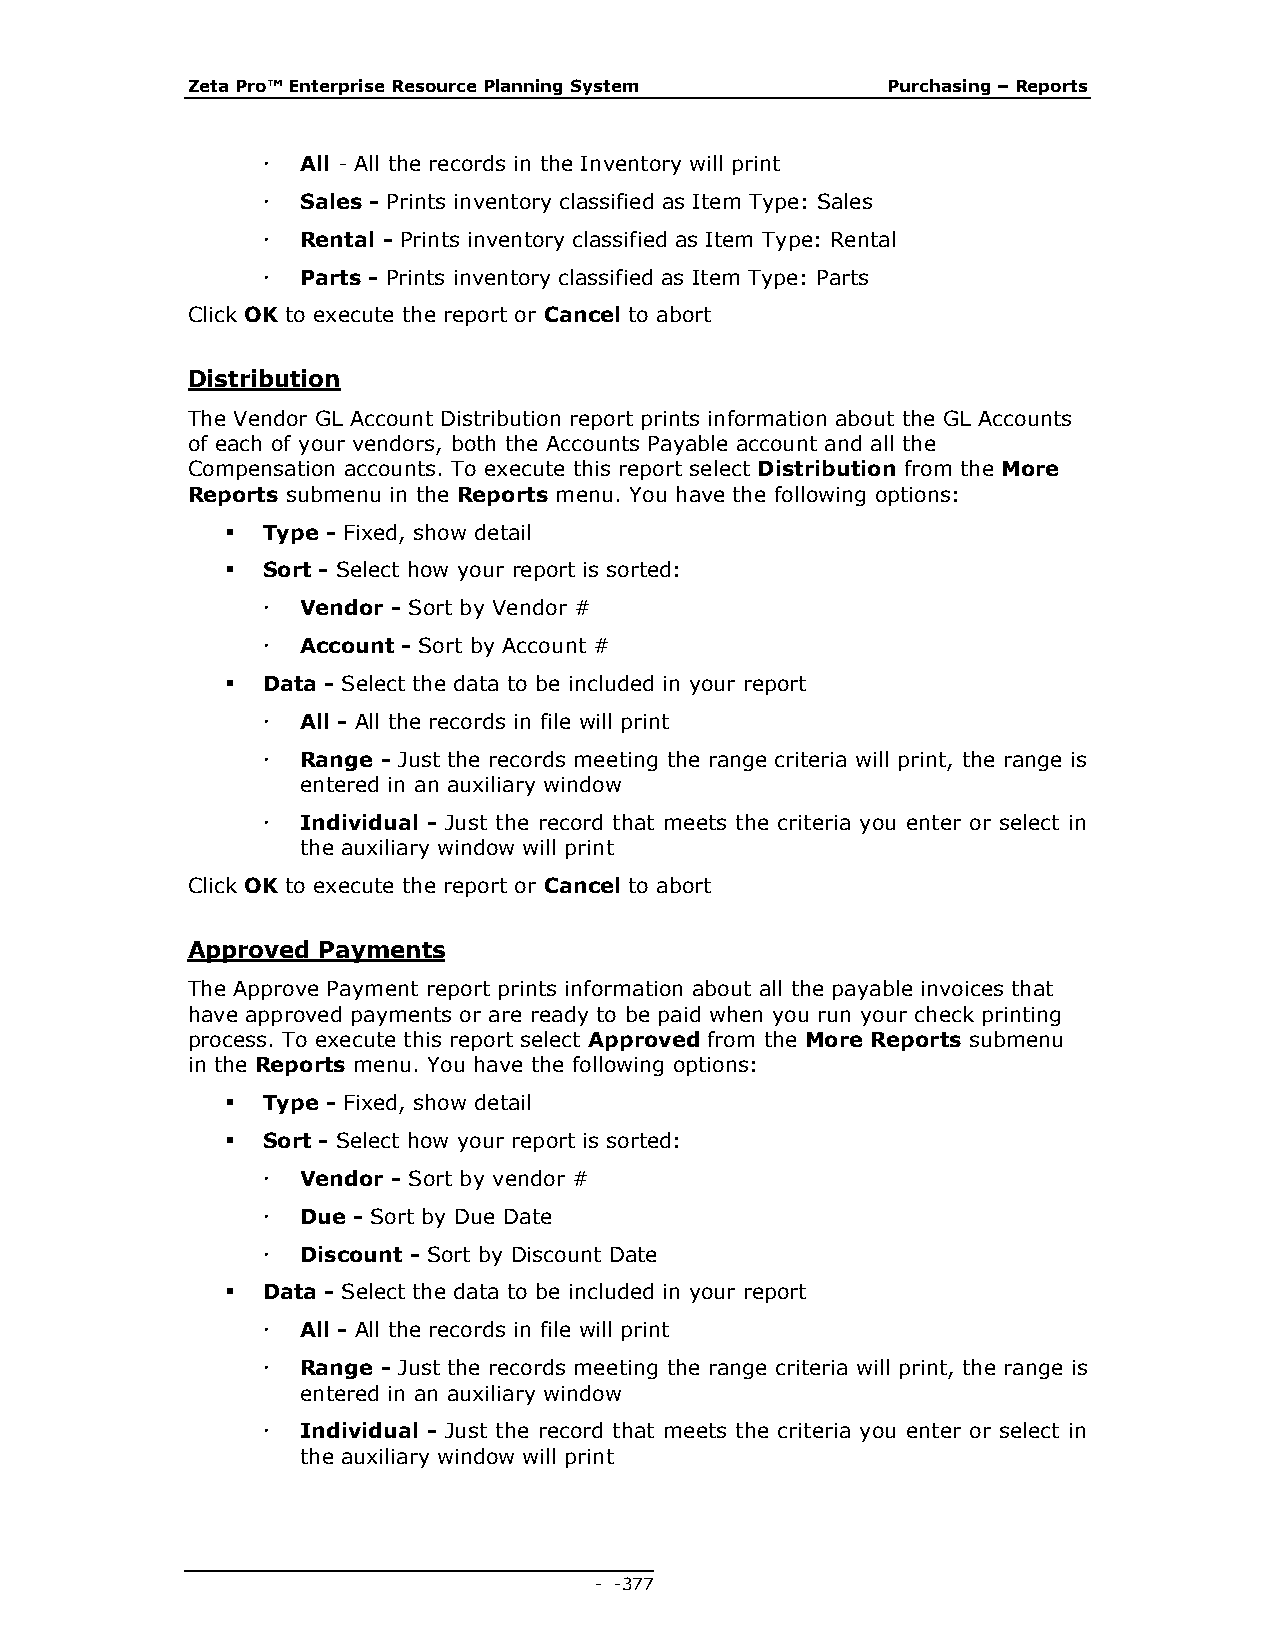
Zeta Pro™ Enterprise Resource Planning System  Purchasing – Reports
   All - All the records in the Inventory will print
   Sales - Prints inventory classified as Item Type: Sales
   Rental - Prints inventory classified as Item Type: Rental
   Parts - Prints inventory classified as Item Type: Parts
 Click OK to execute the report or Cancel to abort
 Distribution
 The Vendor GL Account Distribution report prints information about the GL Accounts
 of each of your vendors, both the Accounts Payable account and all the
 Compensation accounts. To execute this report select Distribution from the More
 Reports submenu in the Reports menu. You have the following options:
  Type - Fixed, show detail
  Sort - Select how your report is sorted:
   Vendor - Sort by Vendor #
   Account - Sort by Account #
  Data - Select the data to be included in your report
   All - All the records in file will print
   Range - Just the records meeting the range criteria will print, the range is
 entered in an auxiliary window
   Individual - Just the record that meets the criteria you enter or select in
 the auxiliary window will print
 Click OK to execute the report or Cancel to abort
 Approved Payments
 The Approve Payment report prints information about all the payable invoices that
 have approved payments or are ready to be paid when you run your check printing
 process. To execute this report select Approved from the More Reports submenu
 in the Reports menu. You have the following options:
  Type - Fixed, show detail
  Sort - Select how your report is sorted:
   Vendor - Sort by vendor #
   Due - Sort by Due Date
   Discount - Sort by Discount Date
  Data - Select the data to be included in your report
   All - All the records in file will print
   Range - Just the records meeting the range criteria will print, the range is
 entered in an auxiliary window
   Individual - Just the record that meets the criteria you enter or select in
 the auxiliary window will print
 - - 377